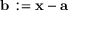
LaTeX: \mathbf { b } : = \mathbf { x } - \mathbf { a }